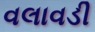
વલાવડી